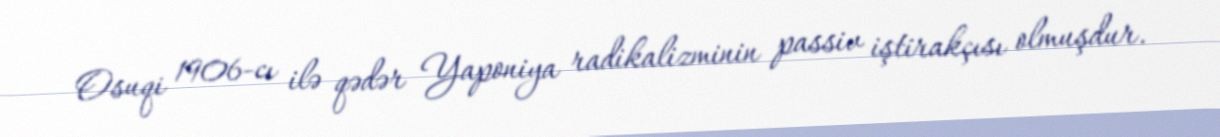
Osuqi 1906-cı ilə qədər Yaponiya radikalizminin passiv iştirakçısı olmuşdur.